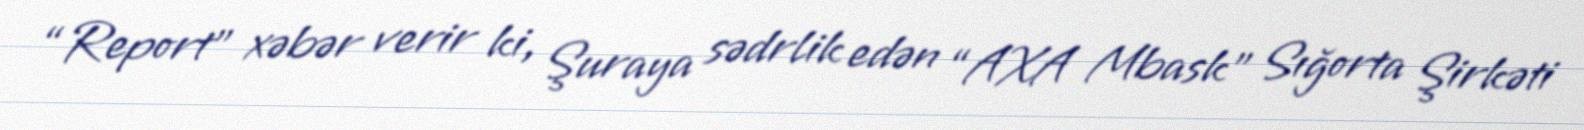
“Report” xəbər verir ki, Şuraya sədrlik edən “AXA Mbask” Sığorta Şirkəti